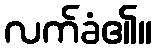
လက်ခံ၏။